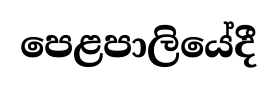
පෙළපාලියේදී